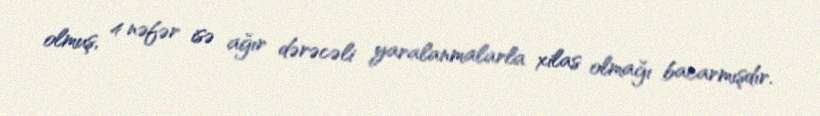
olmuş, 4 nəfər isə ağır dərəcəli yaralanmalarla xilas olmağı bacarmışdır.